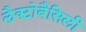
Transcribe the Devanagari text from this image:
लैक्टोबैसिली